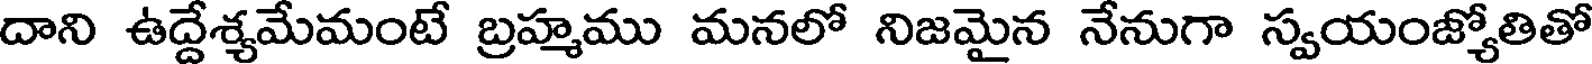
దాని ఉద్దేశ్యమేమంటే బ్రహ్మము మనలో నిజమైన నేనుగా స్వయంజ్యోతితో